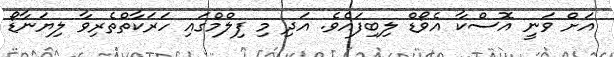
އަށް ވަނީ އޮސްކާ އެވޯޑް ލިބިފައެވެ. އަދި މި ފިލްމްގައި ހަރަކާތްތެރިވާ ލިޔަނާޑޯ